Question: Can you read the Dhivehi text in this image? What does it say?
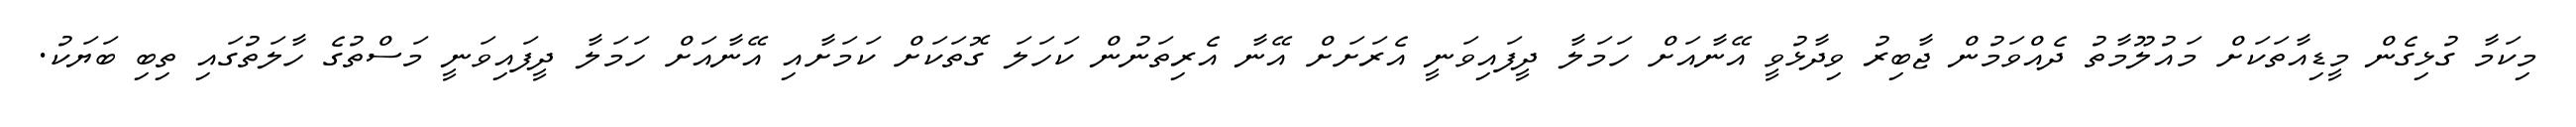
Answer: މިކަމާ ގުޅިގެން މީޑިއާތަކަށް މައުލޫމާތު ދެއްވަމުން ޖާބިރު ވިދާޅުވީ އޭނާއަށް ހަމަލާ ދީފައިވަނީ އެރަށަށް އޭނާ އެރިތަނުން ކަހަލަ ގޮތަކަށް ކަމަށާއި އޭނާއަށް ހަމަލާ ދީފައިވަނީ މަސްތުގެ ހާލަތުގައި ތިބި ބަޔަކު.